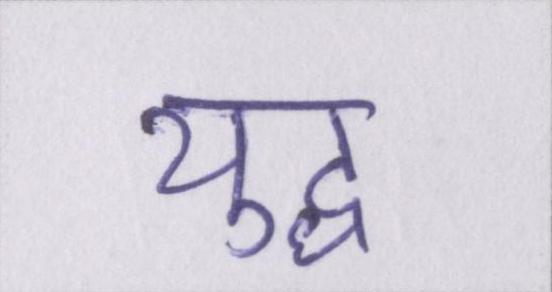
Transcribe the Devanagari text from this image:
युध्द